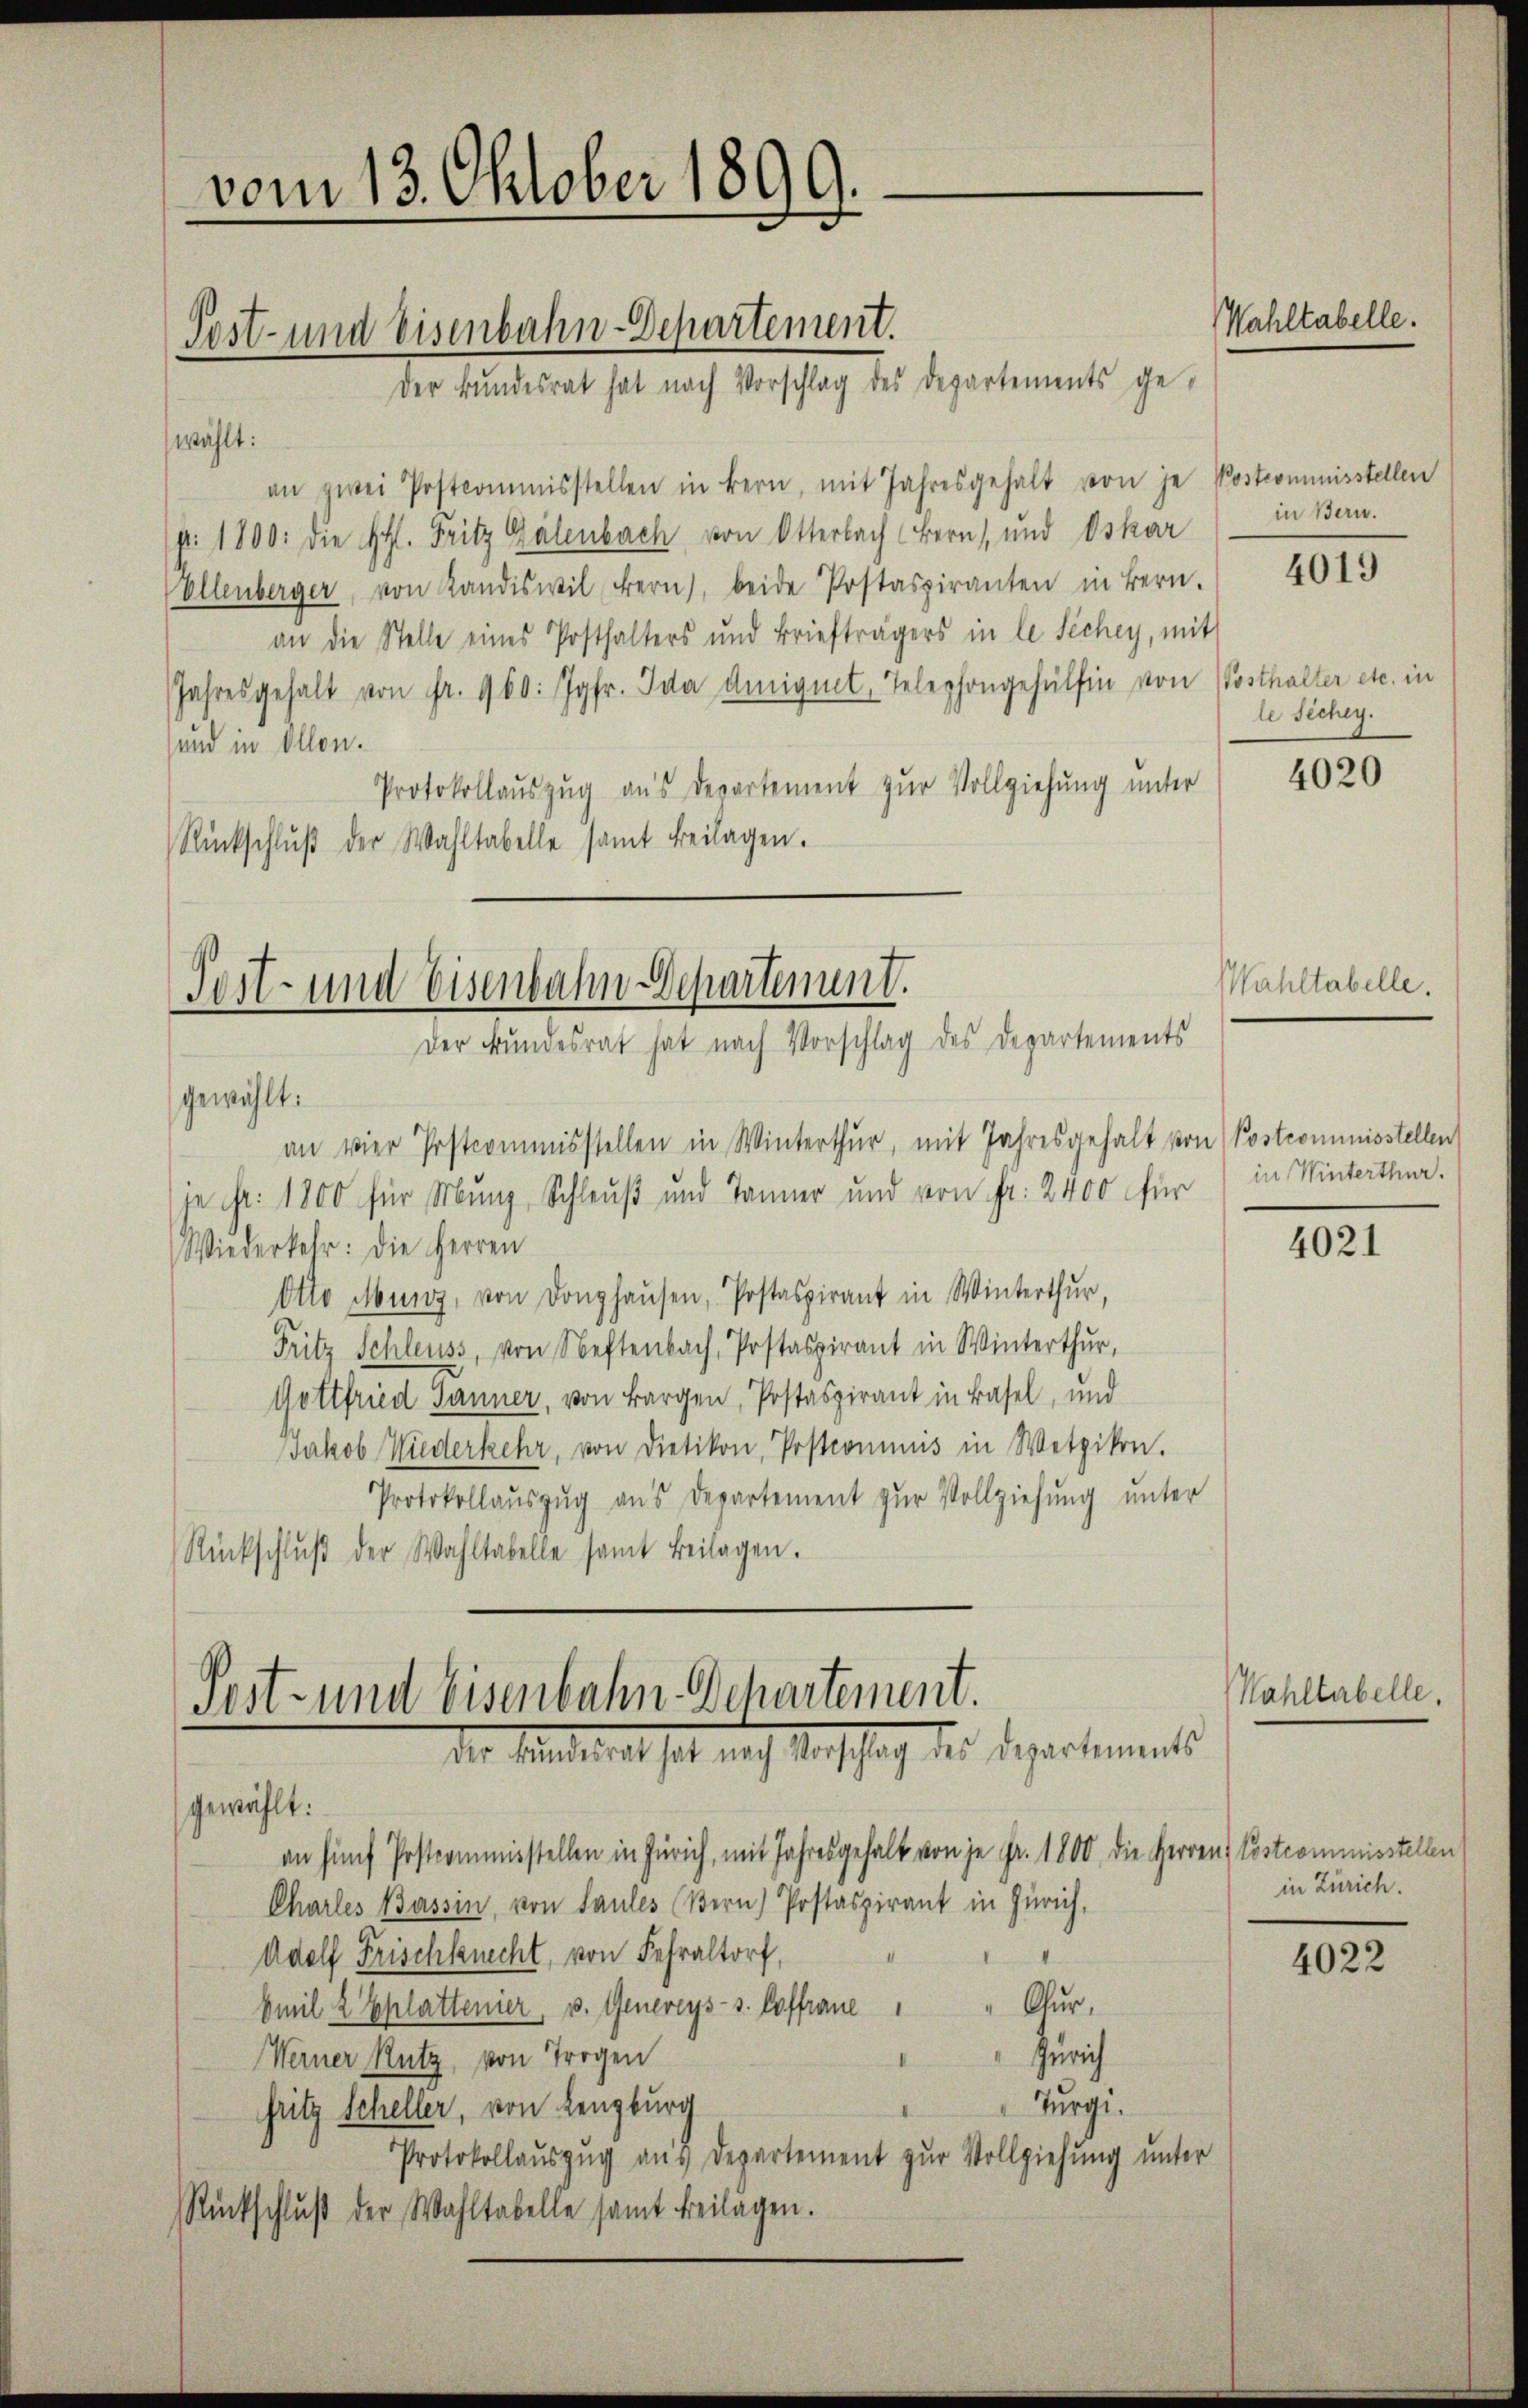
vom 13. Oktober 1899.

wählt:
an zwei Postcommisstellen in Bern, mit Jahresgehalt von je Postcommisstellen
p. 1800. die Ehl. Fritz Gälenbach von Otterbach Bern, und Oskar
Ellenberger, von Kandiswil fern, beide Postaspiranten in Bern.
an die Stelle eines Posthalters und Briefträgers in le Sichey, mit
Jahresgehalt von Fr. 960: Jgfr. Ida einignet, Telephongehülfen von Posthalter etc. in
sund in Allen.
Protokollauszug aus Departement zur Vollziehung unter
Rückschlŭβ der Wahltabelle samt beilagen.

Post- und Eisenbahn-Departement.
Der Bundesrat hat nach Vorschlag des Departements ge-

Post- und Eisenbahn-Schartenunt.
Der Bundesrat hat nach Vorschlag des Departements
gewählt.

je ist: 1800 für Munz, Schleuß und Tanner und von fr. 2400 für in Winterthur.
Wiederkehr: Die Herren
Otto Munz, von Donghaŭsen, Postaspirant in Winterthur,
Fritz Schleuss, von Neftenbach, Postaspirant in Winterthur,
Gottfried Jänner, von Bargen, Postaspirant in Basel, und
Jakob Wiederkehr, von Dietikon, Postcommis in Wetzikon.
Protokollaŭszŭg ans Departement zŭr Vollziehung unter
Rückschlŭβ der Wahltabelle samt Beilagen.

an vier Postcommisstellen in Winterthur, mit Jahresgehalt von Postcommisstellen

Post- und Eisenbahn-Departement.
der Mindesrat hat nach Vorschlag der Departements
gewählt:

an fünf Postcommisstellen in Zürich, mit Jahresgehalt von je Fr. 1800, die Herren Postcommisstellen
Charles Bassin, von Saules (Bern) Postaspirant in Zürich,
Adolf Frischknecht, von Fehraltorf,
Chur,
Emil 2 Ehlattenier, v. Genereys-s. Caffraue
Zürich
Werner Rutz, von Trogen
Turgi.
fritz Scheller, von Lenzburg
Protokollauszug aus Departement zur Vollziehung unter
Rückschluß der Wahltabelle samt beilagen.

Wahltabelle.

in Bern.

4019

le sichey.

4020

Wahltabelle.

4021

Wahltabelle.

in Zürich.

4022